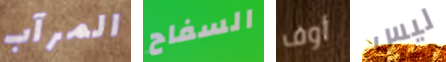
المرآب السفاح أوف ليس